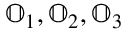
\mathbb { O } _ { 1 } , \mathbb { O } _ { 2 } , \mathbb { O } _ { 3 }